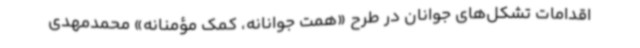
اقدامات تشکل‌های جوانان در طرح «همت جوانانه، کمک مؤمنانه» محمدمهدی